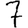
Digit: 7